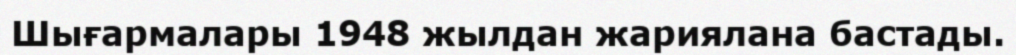
Шығармалары 1948 жылдан жариялана бастады.